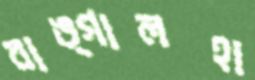
বাঙ্গালহা